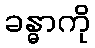
ခန္ဓာကို